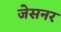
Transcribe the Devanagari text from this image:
जेसनर